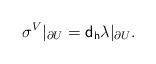
LaTeX: \begin{align*}\sigma^V\vert_{\partial U}={\sf d_h}\lambda\vert_{\partial U}.\end{align*}